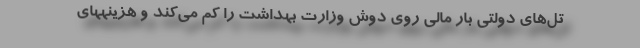
تل‌های دولتی بار مالی روی دوش وزارت بهداشت را کم می‌کند و هزینههای